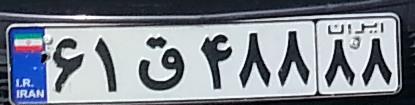
۶۱ق۴۸۸۸۸